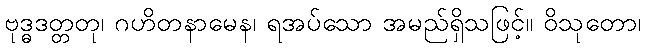
ဗုဒ္ဓဒတ္တတု၊ ဂဟိတနာမေန၊ ရအပ်သော အမည်ရှိသဖြင့်။ ဝိသုတော၊